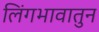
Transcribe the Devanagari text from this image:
लिंगभावातुन